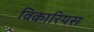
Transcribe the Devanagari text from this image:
विकारियस